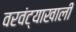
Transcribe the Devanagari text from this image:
वरवंट्याखाली